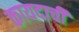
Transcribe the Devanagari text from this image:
कायदाची